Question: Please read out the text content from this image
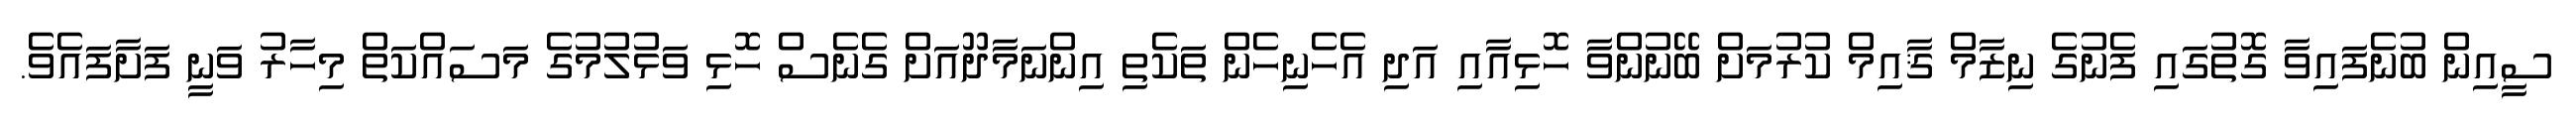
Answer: ސީއިން ބުނެފައިވާ ގޮތުގައި ފެނުގެ ނިޒާމް ޤާއިމް ކުރުމަށް ބޭނުންވާ ހޮޅިއާއި އަދި އެހެނިހެން ތަކެތި އިންނަމާދޫއަށް ގެނެސް ހޮޅި ވަޅުލުމުގެ މަސައްކަތް މިހާރު ވަނީ ފަށާފައެވެ.